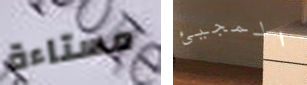
مستاءة المجيئ